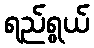
ရည်ရွယ်